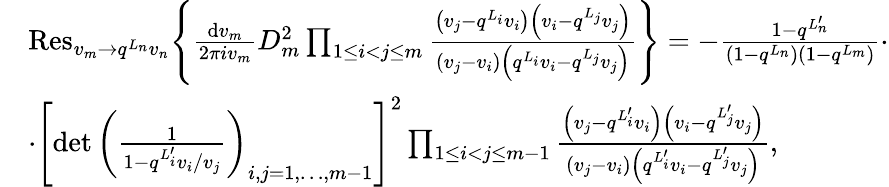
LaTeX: \begin{array}{rl}&{{\mathrm{Res}}_{v_{m}\rightarrow q^{L_{n}}v_{n}}\Bigg\{ \frac{{\mathrm{d}}v_{m}}{2\pi iv_{m}}D_{m}^{2}\prod_{1\leq i<j\leq m}\frac{\left(v_{j}-q^{L_{i}}v_{i}\right)\left(v_{i}-q^{L_{j}}v_{j}\right)}{\left(v_{j}-v_{i}\right)\left(q^{L_{i}}v_{i}-q^{L_{j}}v_{j}\right)}\Bigg\} =-\frac{1-q^{L_{n}^{\prime}}}{\left(1-q^{L_{n}}\right)\left(1-q^{L_{m}}\right)}\cdot}\\ &{\cdot\left[\operatorname*{det}\left(\frac{1}{1-q^{L_{i}^{\prime}}v_{i}/v_{j}}\right)_{i,j=1,\dots,m-1}\right]^{2}\prod_{1\leq i<j\leq m-1}\frac{\left(v_{j}-q^{L_{i}^{\prime}}v_{i}\right)\left(v_{i}-q^{L_{j}^{\prime}}v_{j}\right)}{\left(v_{j}-v_{i}\right)\left(q^{L_{i}^{\prime}}v_{i}-q^{L_{j}^{\prime}}v_{j}\right)},}\end{array}